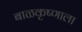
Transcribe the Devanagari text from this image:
बाळकृष्णाला